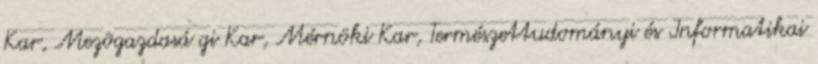
Kar, Mezõgazdasá gi Kar, Mérnöki Kar, Természettudományi és Informatikai